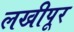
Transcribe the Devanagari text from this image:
लखीपूर